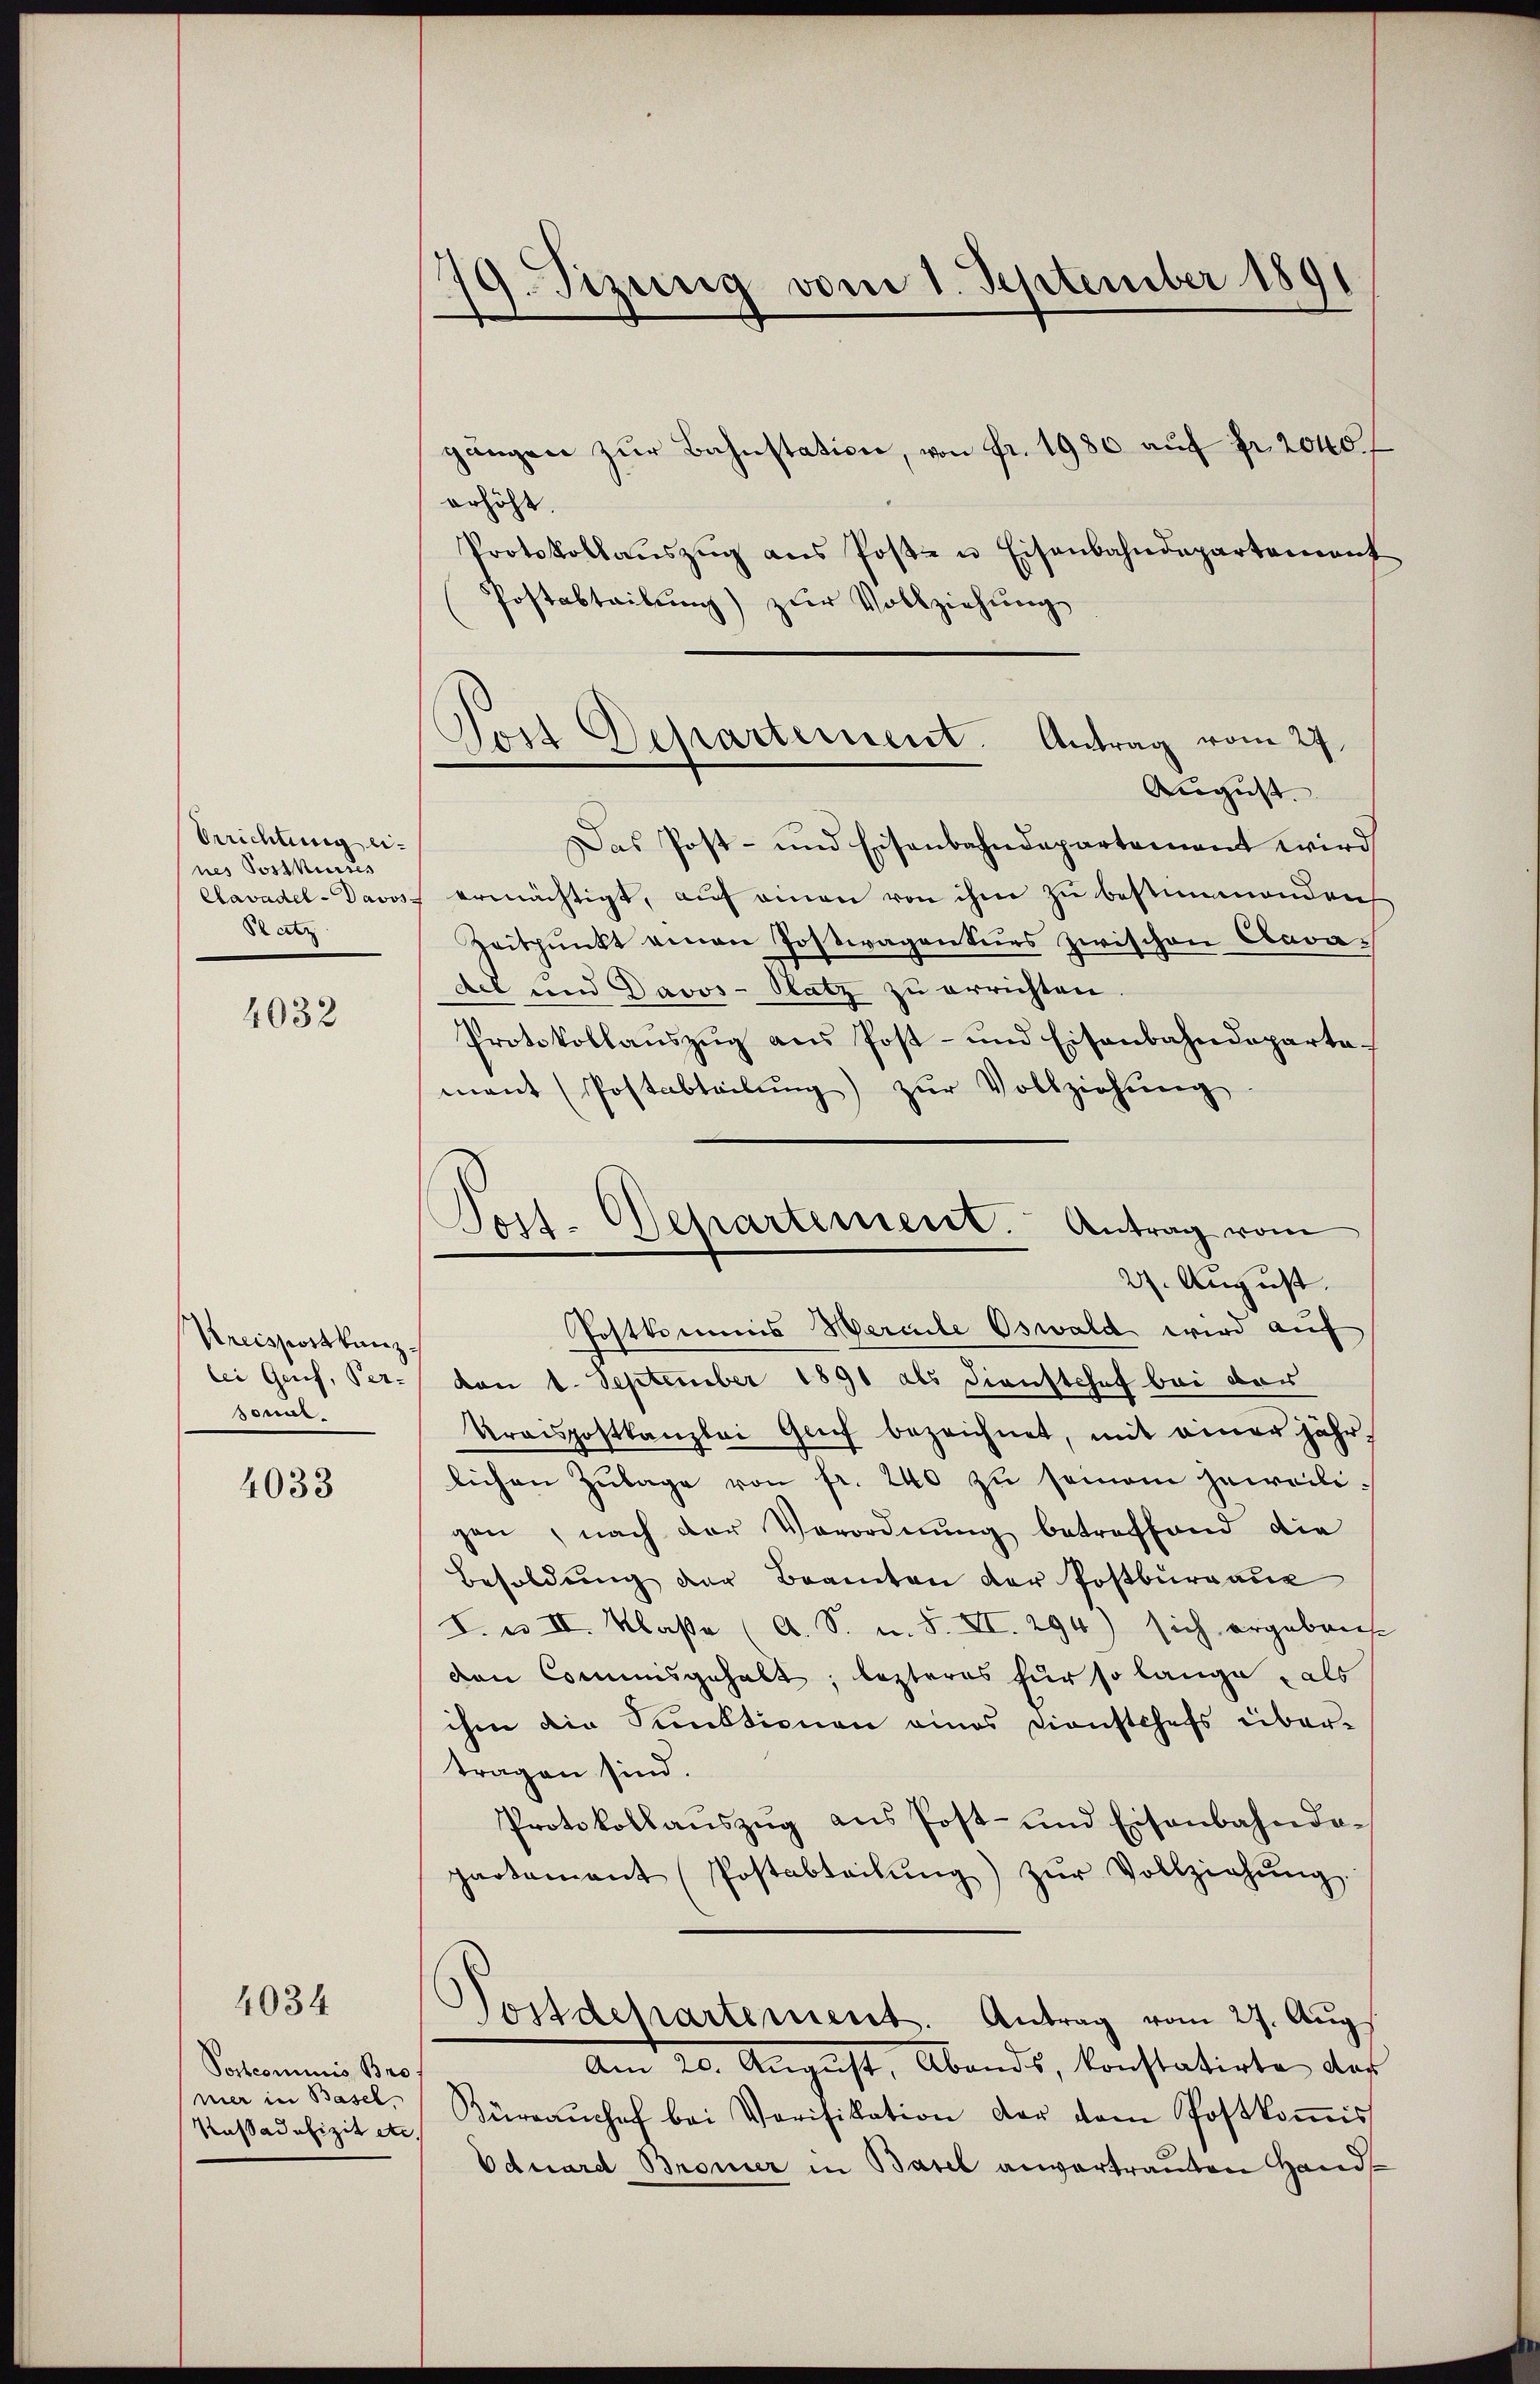
Errichtung eines Postkurses
Clavadel - Davos
Platz

4032

Kreisportkanzlei Genf, Ver-
sonal

4033

4034

Sochcominis Bro
mer in Basel
Kassadefizit etc.

.
9. Sizung vom 1. September 1891
d

Post Departement. Antrag vom 27.

Post- Repartement. Antrag vom
27. August.

gängen zŭr Bahnstation, von fr. 1980 auf fr. 2040 f
erhöht.
Protokollaŭszŭg ans Poste u Eisenbahndepartement
Postabteilung) zur Vollziehung
August.
Das Post- und Eisenbahndepartement wird
ermächtigt, auf einen von ihm zu bestimmenden
Zeitpunkt einen Postwagenturs zwischen Cavadel und Davos- Platz zu errichten
Protokollaŭszŭg ans Post- und Eisenbahndeparta-
mant (Postabteilŭng zŭr Vollziehŭng
Postkommis Wernle Oswald wird auf
von 1. September 1891 als Dienstchef bei der
Kraispostkanzlei Genf bezeichnet, mit einer jährlichen Zŭlage von fr. 240 zu seinem jeweiligen, nach der Verordnung betreffend die
Besoldung der Beamten der Postburgaue
I. u. II. Klaße (A. S. u. S. XI. 294) sich ergeben
den Commisgehalt; lezteres für so lange, als
ihm die Funktionen eines Dienstchefs über-
tragen sind.
Protokollanszŭg ans Post- und Eisenbahnda-
partamant (Postabteilŭng zŭr Vollziehŭng
Postdepartement. Antrag vom 27. Aug.
Am 20. Aŭgŭst, Abends, konstatirte das
Büreaŭchef bei Verifikation der dem Postkoṁis
Oduard Bronier in Basel anvertrauten Hand